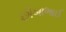
છીબાભાઈ